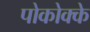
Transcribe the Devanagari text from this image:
पोकोक्के